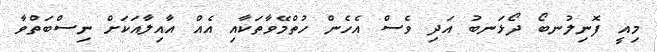
މިއީ ފޮނިލުނބޯ ދޯޅަނބު އަދި ވެސް އެހެން ހުތްމޭވާތަކާއި އެއް އާއިލާއަކަށް ނިސްބަތްވާ